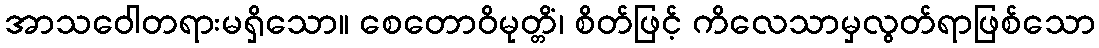
အာသဝေါတရားမရှိသော။ စေတောဝိမုတ္တိံ၊ စိတ်ဖြင့် ကိလေသာမှလွတ်ရာဖြစ်သော